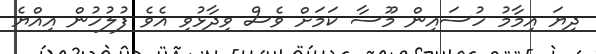
ދިޔަ އިމާމު ހުސައިން މޫސާ ކަމަށް ވެސް ވިދާޅުވި އެވެ ފުލުހުން އިއްޔެ